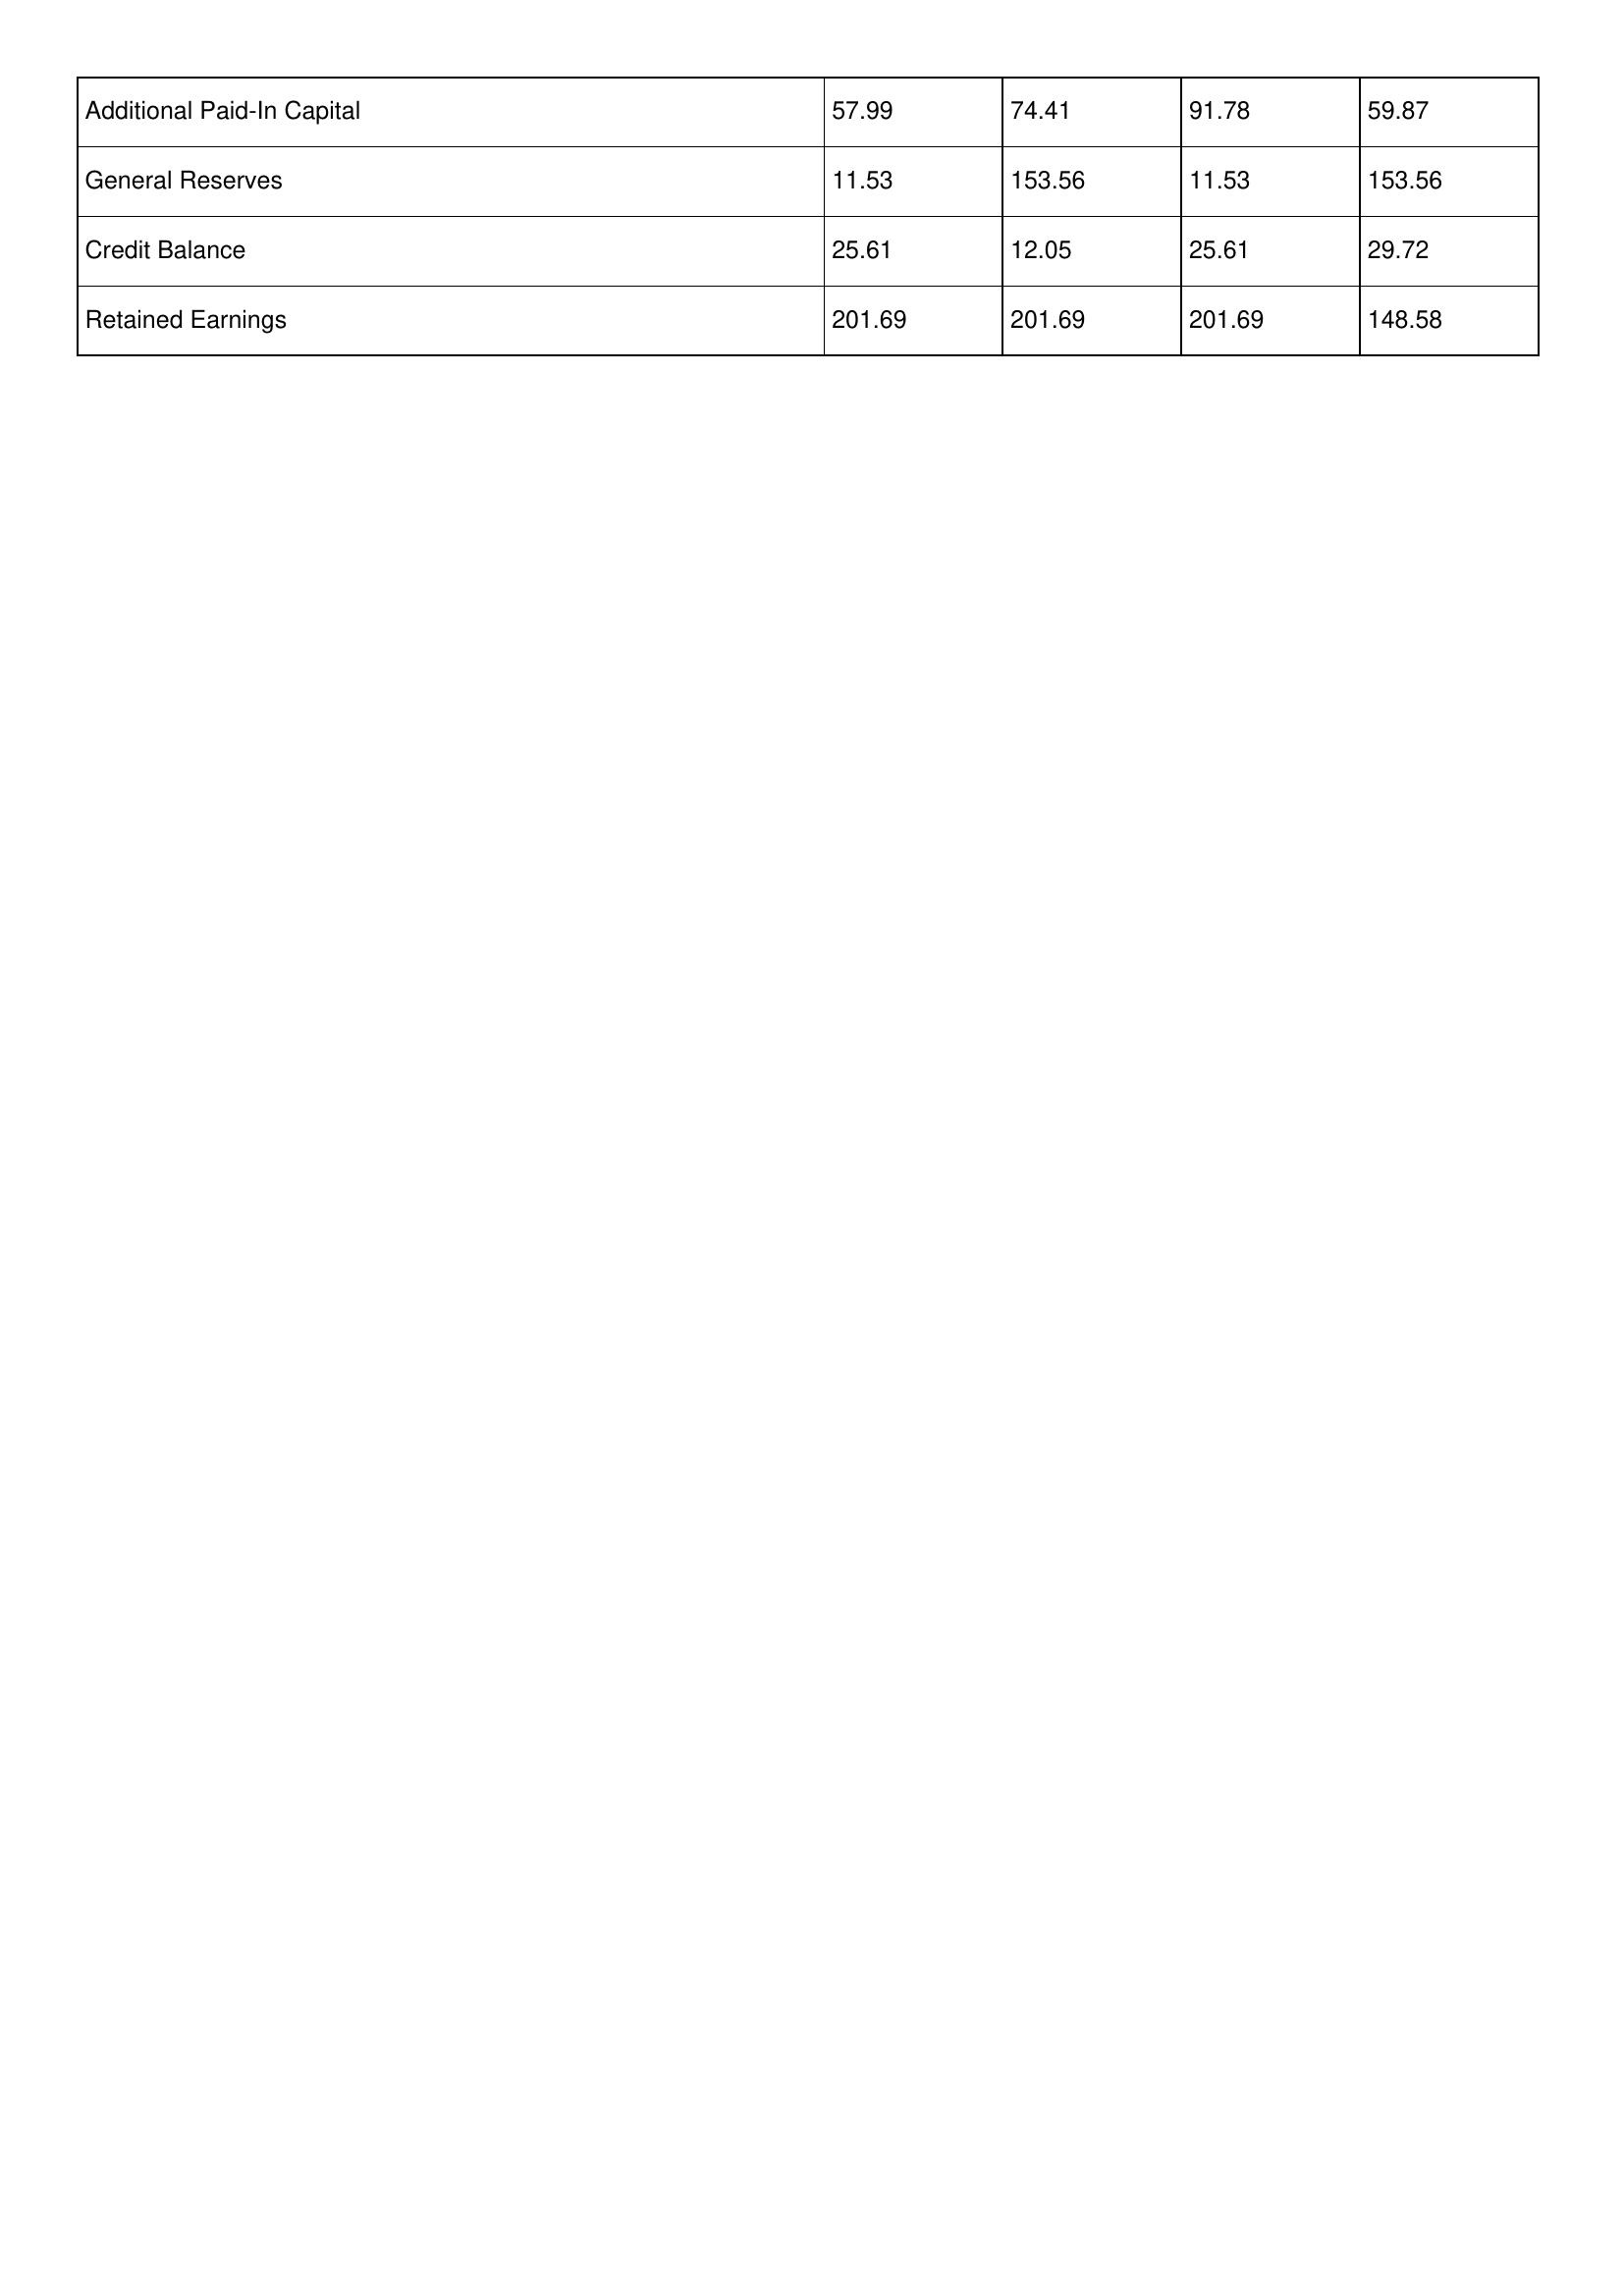
gt_parse: 2016: Additional Paid-In Capital: 57.99
General Reserves: 11.53
Credit Balance: 25.61
Retained Earnings: 201.69
2015: Additional Paid-In Capital: 74.41
General Reserves: 153.56
Credit Balance: 12.05
Retained Earnings: 201.69
2014: Additional Paid-In Capital: 91.78
General Reserves: 11.53
Credit Balance: 25.61
Retained Earnings: 201.69
2013: Additional Paid-In Capital: 59.87
General Reserves: 153.56
Credit Balance: 29.72
Retained Earnings: 148.58